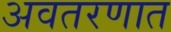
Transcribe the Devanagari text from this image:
अवतरणात